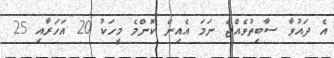
އެ ދައުވާ ސާބިތުވެއްޖެ ނަމަ އެއިން ކޮންމެ މީހަކު 20 އަހަރާއި 25